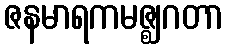
ဇနမာရကမဇ္ဈဂတာ